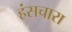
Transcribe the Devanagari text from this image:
हंसचारा